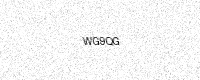
Text: WG9QG